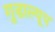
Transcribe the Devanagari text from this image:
गुडाल्यूप